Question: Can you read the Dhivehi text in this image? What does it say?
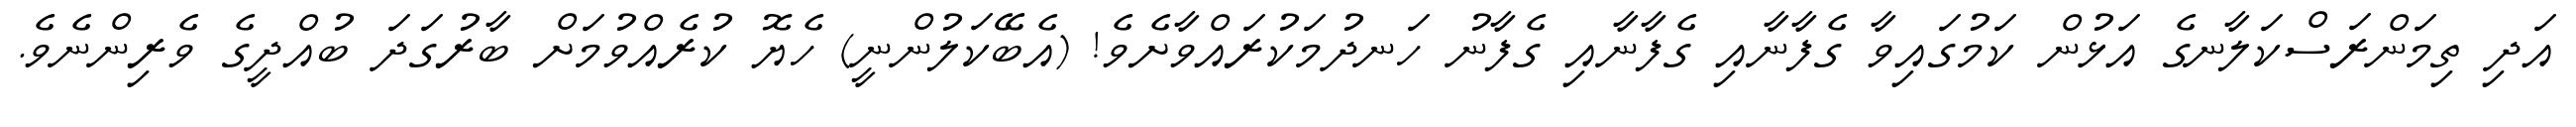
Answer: އަދި ތިމަންރަސްކަލާނގެ އަޅުން ކަމުގައިވާ ގެފާނާއި ގެފާނާއި ގެފާނު ހަނދުމަކުރައްވާށެވެ! (އެބޭކަލުންނީ) ހެޔޮ ކުރެއްވުމަށް ބާރުގަދަ ބުއްދީގެ ވެރިންނެވެ.